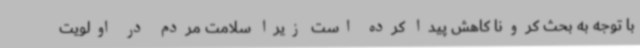
با توجه به بحث کرونا کاهش پیدا کرده است زیرا سلامت مردم در اولویت